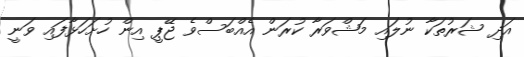
އަދި ޝަރުތަކާ ނުލައި މަޝްވަރާ ކުރަން އެއްބަސްވެ ޖޭޕީ އިން ހުށަހަޅާފައި ވަނީ